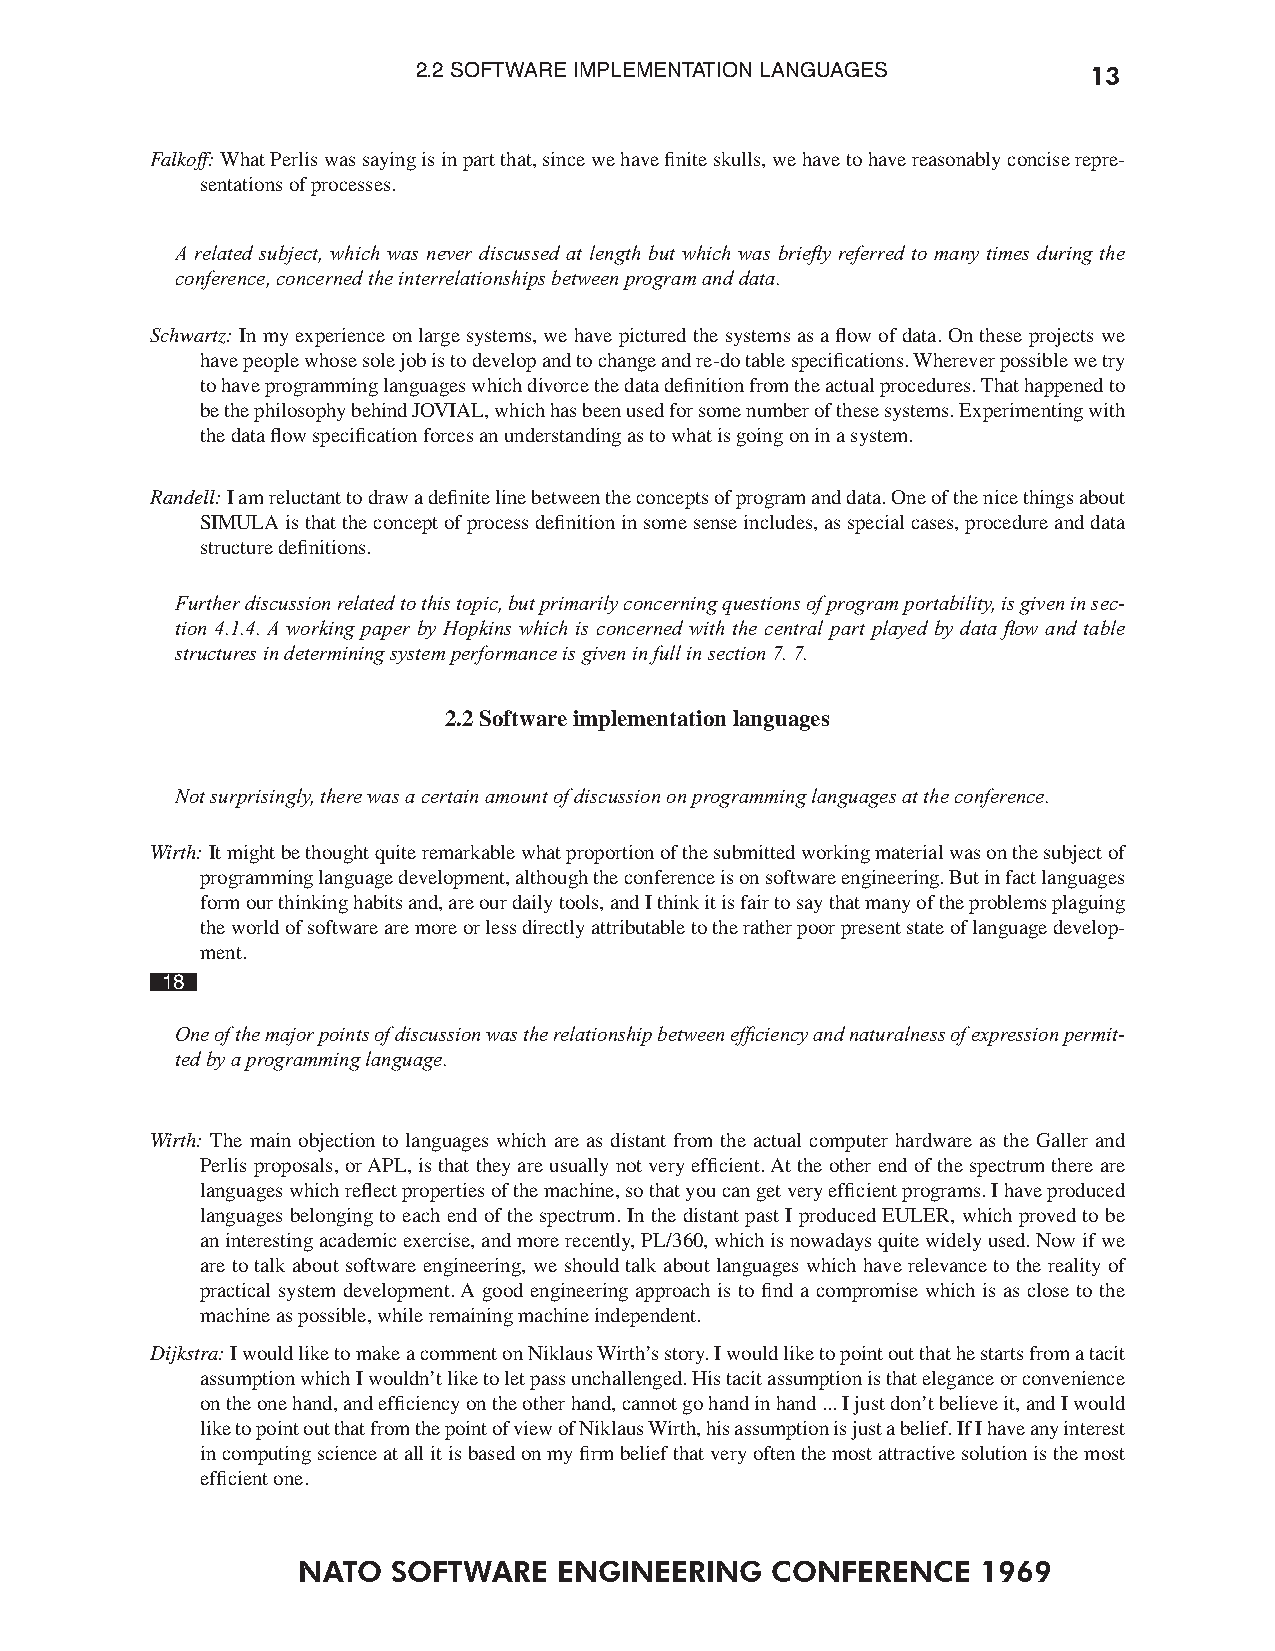
2.2 SOFTWARE IMPLEMENTATION LANGUAGES       13
 Falkoff: What Perlis was saying is in part that, since we have finite skulls, we have to have reasonably concise repre-
 sentations of processes.
 A related subject, which was never discussed at length but which was briey referred to many times during the
 conference, concerned the interrelationships between program and data.
 Schwartz: In my experience on large systems, we have pictured the systems as a flow of data. On these projects we
 have people whose sole job is to develop and to change and re-do table specifications. Wherever possible we try
 to have programming languages which divorce the data definition from the actual procedures. That happened to
 be the philosophy behind JOVIAL, which has been used for some number of these systems. Experimenting with
 the data flow specification forces an understanding as to what is going on in a system.
 Randell: I am reluctant to draw a definite line between the concepts of program and data. One of the nice things about
 SIMULA is that the concept of process definition in some sense includes, as special cases, procedure and data
 structure definitions.
 Further discussion related to this topic, but primarily concerning questions of program portability, is given in sec-
 tion 4.1.4. A working paper by Hopkins which is concerned with the central part played by data ow and table
 structures in determining system performance is given in full in section 7. 7.
 2.2 Software implementation languages
 Not surprisingly, there was a certain amount of discussion on programming languages at the conference.
 Wirth: It might be thought quite remarkable what proportion of the submitted working material was on the subject of
 programming language development, although the conference is on software engineering. But in fact languages
 form our thinking habits and, are our daily tools, and I think it is fair to say that many of the problems plaguing
 the world of software are more or less directly attributable to the rather poor present state of language develop-
 ment.
 18
 One of the major points of discussion was the relationship between efciency and naturalness of expression permit-
 ted by a programming language.
 Wirth: The main objection to languages which are as distant from the actual computer hardware as the Galler and
 Perlis proposals, or APL, is that they are usually not very efficient. At the other end of the spectrum there are
 languages which reflect properties of the machine, so that you can get very efficient programs. I have produced
 languages belonging to each end of the spectrum. In the distant past I produced EULER, which proved to be
 an interesting academic exercise, and more recently, PL/360, which is nowadays quite widely used. Now if we
 are to talk about software engineering, we should talk about languages which have relevance to the reality of
 practical system development. A good engineering approach is to find a compromise which is as close to the
 machine as possible, while remaining machine independent.
 Dijkstra: I would like to make a comment on Niklaus Wirth’s story. I would like to point out that he starts from a tacit
 assumption which I wouldn’t like to let pass unchallenged. His tacit assumption is that elegance or convenience
 on the one hand, and efficiency on the other hand, cannot go hand in hand ... I just don’t believe it, and I would
 like to point out that from the point of view of Niklaus Wirth, his assumption is just a belief. If I have any interest
 in computing science at all it is based on my firm belief that very often the most attractive solution is the most
 efficient one.
 NATO  SOFTWARE   ENGINEERING   CONFERENCE    1969